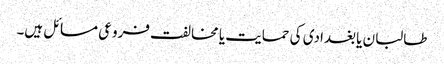
طالبان یا بغدادی کی حمایت یا مخالفت فروعی مسائل ہیں۔